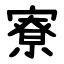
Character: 寮